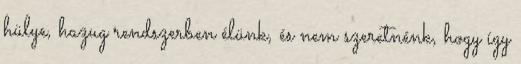
hülye, hazug rendszerben élünk, és nem szeretnénk, hogy így